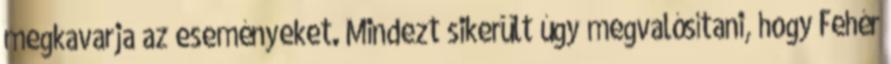
megkavarja az eseményeket. Mindezt sikerült úgy megvalósítani, hogy Fehér